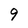
Character: 9